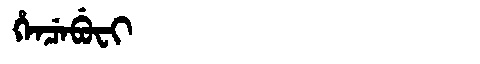
Manchu: ᡥᡝᠨᠴᡝᠪᡠᠸᡳ
Romanization: HENCEBUFI